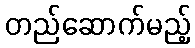
တည်ဆောက်မည့်